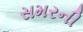
સમરની